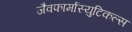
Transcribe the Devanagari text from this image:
जैवफार्मास्युटिकल्स